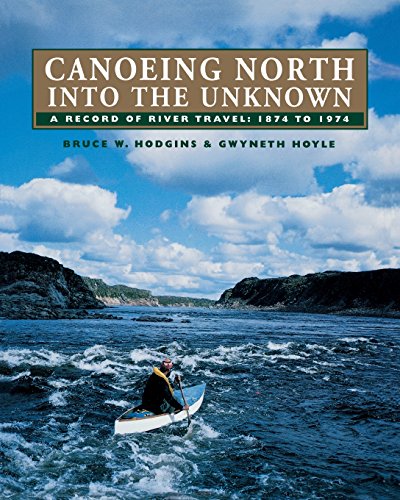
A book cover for Canoeing North Into the Unknown: A Record of River Travel, 1874 to 1974; Bruce W. Hodgins; Travel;